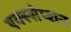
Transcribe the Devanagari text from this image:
एक्स्सेप्शन